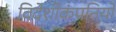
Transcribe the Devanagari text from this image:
विदेशीकंपनियों